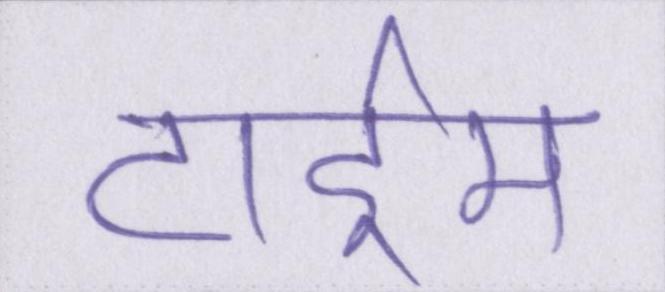
टाईम